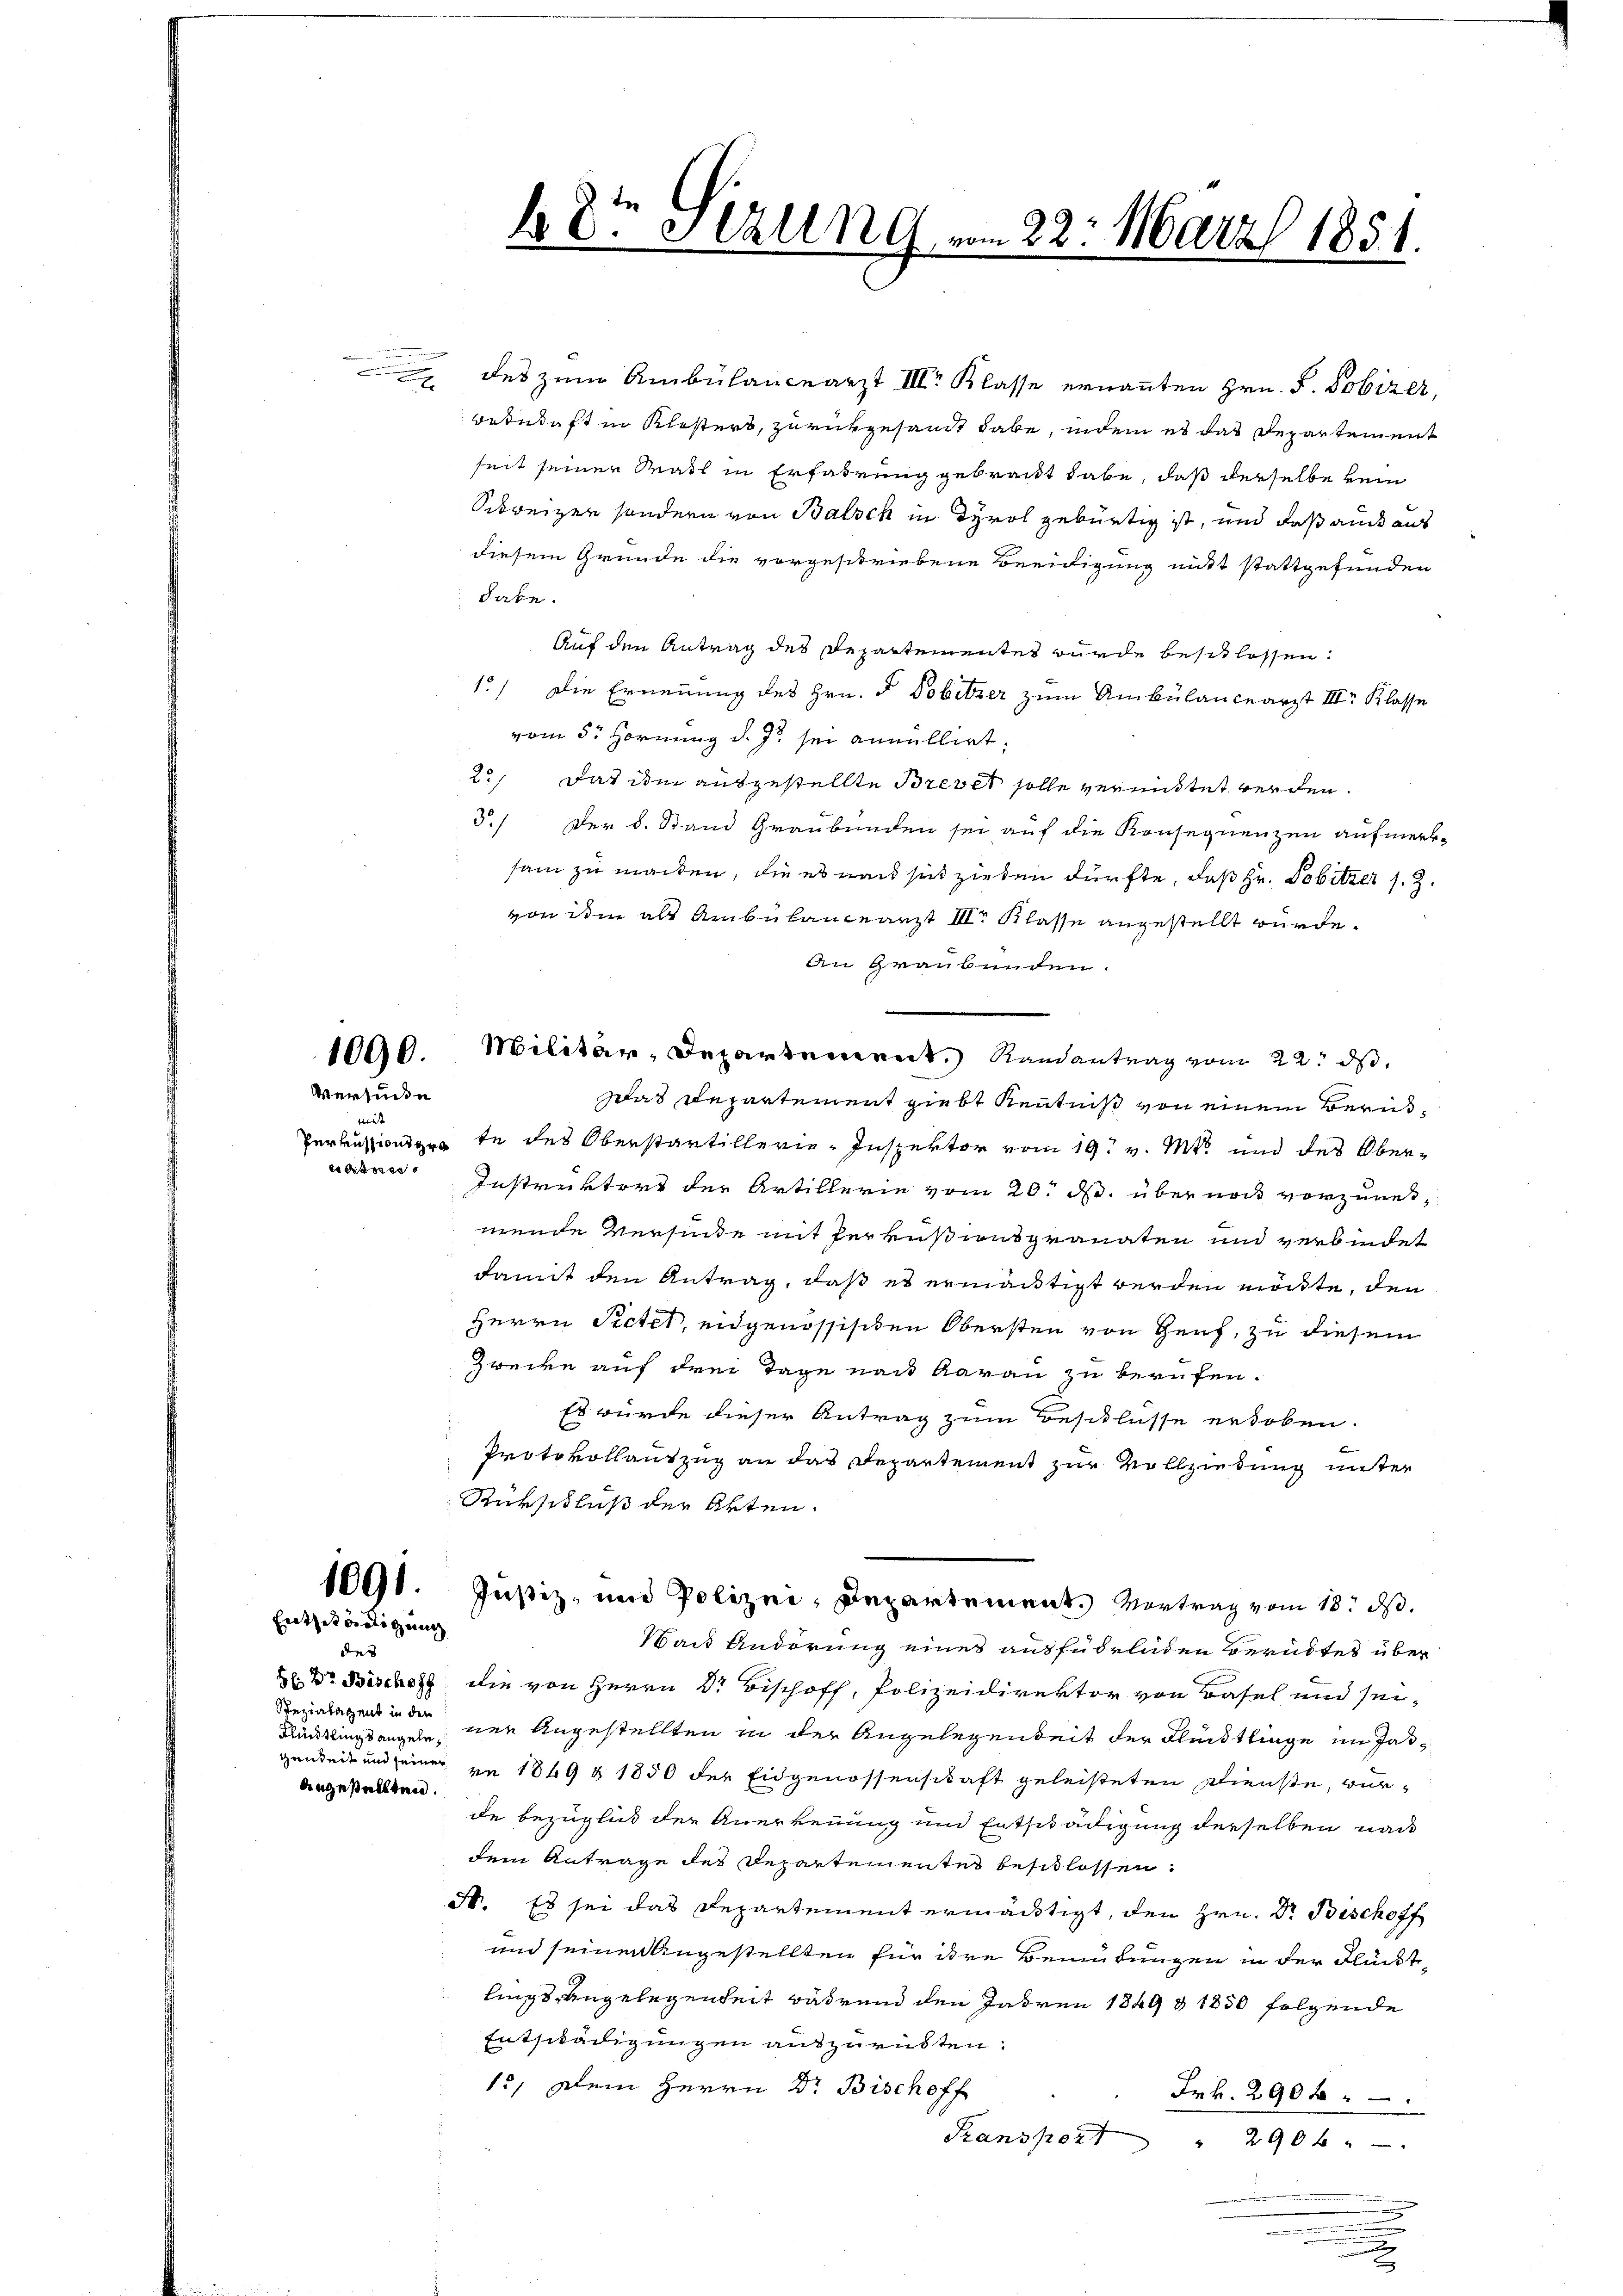
1090.
Versunde

t
trissese

1091.
Entziedigung

e

des
Spezialagent in der
Knüslings angele
angestellten.

t
40. Sezung vom 22. März 1851.

des zum Ambülanceärzt III. Klasse ernannten Hrn. P. Pobizer,
Bedudaft in Klosters, zurückgesandt habe, indem es das Departement
seit seiner Mal in Erfahrung gebracht habe, daß derselbe kein
Schweizen sondern von Balsch in Tyrol gebürtig ist, und daß auch aus
diesem Grunde die vorgeschriebene Beeidigung mitt stattgefunden
habe.
Auf den Antrag des Departementes wurde beschlossen:
1.) Die Ernennung des Hrn. F. Pobitzer zum Ambülanceärzt III. Klasse
vom 5. Hornung d. Js. sei annullirt.
2., Das ihm ausgestellte Brevet solle vermittet werden.
3./ Der 8. Stand Graubünden sei auf die Konsequenzen aufmerksam zu machen, die es und sich zieren dürfte, daß Hr. Pobitzer s. Z.
von ihm als Ambülanceärzt III. Klasse angestellt wurde.
An Graubünden.
sas Departement giebt Kenntniß von einem Beru¬
Perkussionsgeste des Oberstartillerie-Inspektor vom 19. v. Mts. und des Ober¬
Instruktors der Artillerie vom 20. d. über noch vorzunemende Versinde mit Perkußwaspranaten und verbindet
damit den Antrag, daß es ermächtigt werden möchte, den
Herrn Pictet, eidgenössischen Obersten von Genf, zu diesem
Zwecke auf drei Tage nach Aarau zu berufen.
Es wurde dieser Antrag zum Beschlusse erhoben.
Protokollantzug an das Departement zur Vollziehung unter
Rürschluß der Akten.
Justiz- und Polizei, Departement. Vortrag vom 18. ds.
Wait Andörung eines ausführlichen Berübtes über
2 Dr. Bische die von Herrn Dr. Bischoff, Polizeidirektor von Basel und sei-
ner Angestellten in der Angelegenheit der Fleistlinge im Jasgenheit und seiner ve 1849 § 1850 der Eidgenossenschaft geleisteten Dienste, wurde Bezüglich der Anerkennung und Entschädigung derselben nach
dem Antrage des Departementes beschlossen.
d. Es sei das Departement ermächtigt, den Hrn. Dr. Bischoff
und seinen Angestellten für ihre Bemühungen in der Flückt
lings-Angelegenheit während den Jahren 1849 & 1850 folgende
Entschädigungen auszurükten.
13, Dein Herrn Dr. Bischoff
Frk. 290 f.
Franspor
2906
u

Militär, Departement Randantrag vom 22. ds.